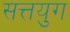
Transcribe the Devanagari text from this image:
सत्तयुग